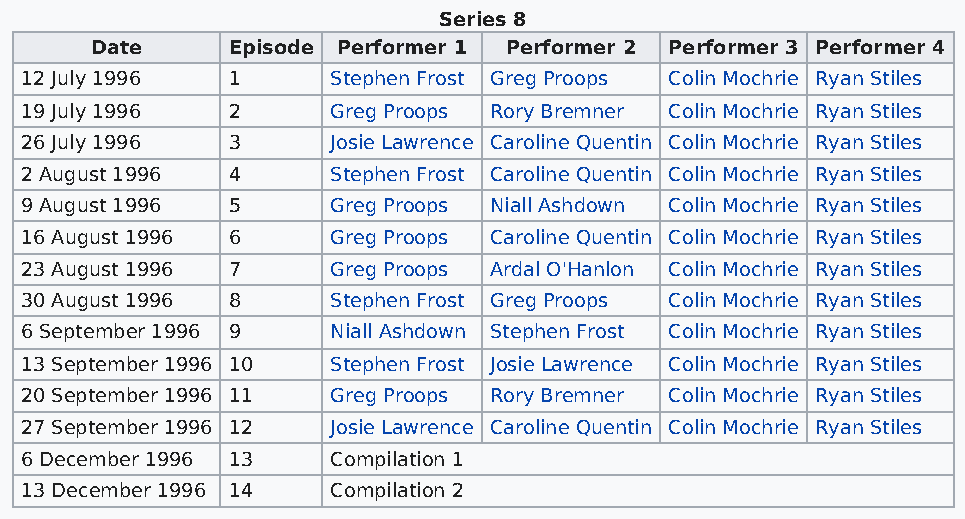
Series 8
 Date     Episode Performer 1 Performer 2 Performer 3 Performer 4
 12 July 1996  1      Stephen Frost Greg Proops Colin Mochrie Ryan Stiles
 19 July 1996  2      Greg Proops Rory Bremner Colin Mochrie Ryan Stiles
 26 July 1996  3      Josie Lawrence Caroline Quentin Colin Mochrie Ryan Stiles
 2 August 1996 4      Stephen Frost Caroline Quentin Colin Mochrie Ryan Stiles
 9 August 1996 5      Greg Proops Niall Ashdown Colin Mochrie Ryan Stiles
 16 August 1996 6     Greg Proops Caroline Quentin Colin Mochrie Ryan Stiles
 23 August 1996 7     Greg Proops Ardal O'Hanlon Colin Mochrie Ryan Stiles
 30 August 1996 8     Stephen Frost Greg Proops Colin Mochrie Ryan Stiles
 6 September 1996 9   Niall Ashdown Stephen Frost Colin Mochrie Ryan Stiles
 13 September 1996 10 Stephen Frost Josie Lawrence Colin Mochrie Ryan Stiles
 20 September 1996 11 Greg Proops Rory Bremner Colin Mochrie Ryan Stiles
 27 September 1996 12 Josie Lawrence Caroline Quentin Colin Mochrie Ryan Stiles
 6 December 1996 13   Compilation 1
 13 December 1996 14  Compilation 2